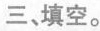
三，填空。